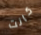
كانت